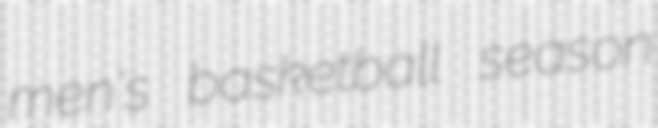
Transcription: men's basketball season